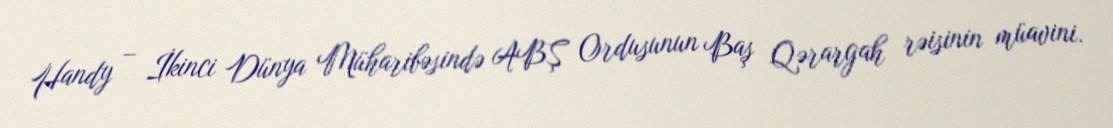
Handy – İkinci Dünya Müharibəsində ABŞ Ordusunun Baş Qərargah rəisinin müavini.